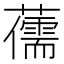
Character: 𮒯